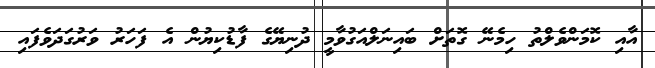
އާއި ކޮމަންވެލްތު ހިމެނޭ ގޮތަށް ބައިނަލްއަގުވާމީ ދުނިޔޭގެ ފާޑުކިޔުން އެ ފަހަރު ވަރުގަދަވެފައި